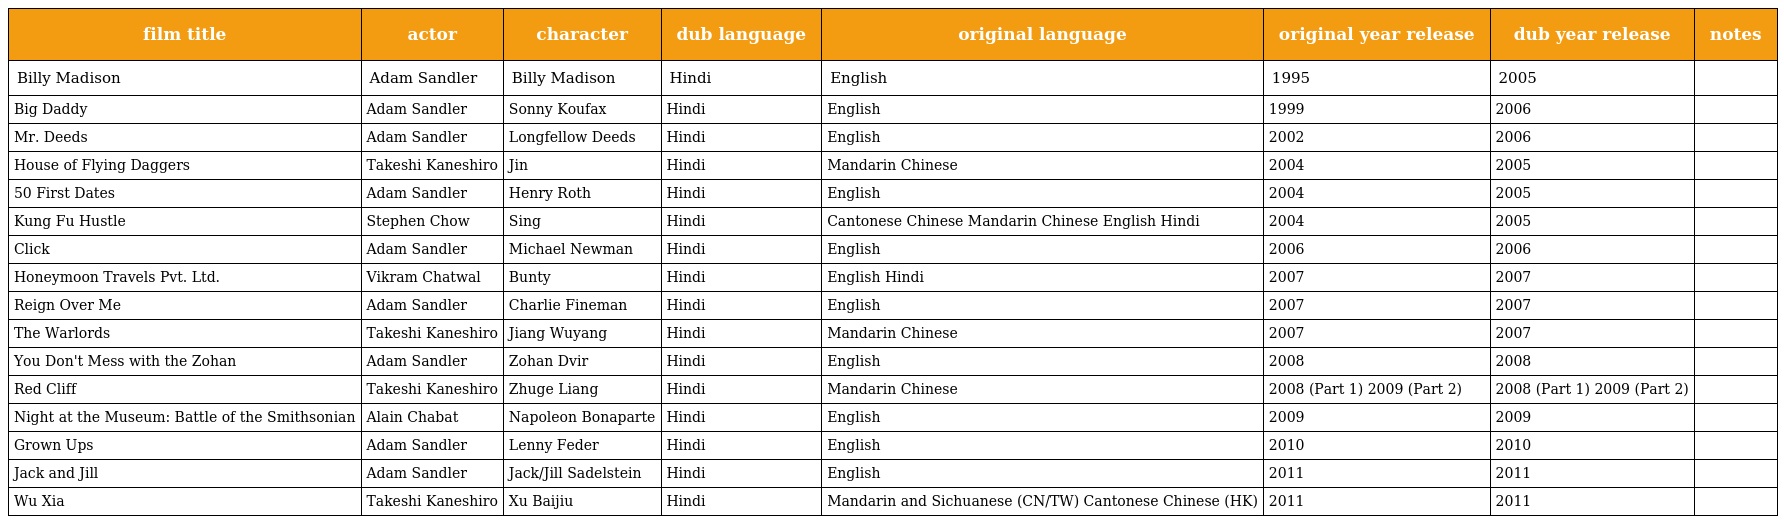
| film title | actor | character | dub language | original language | original year release | dub year release | notes |
 | --- | --- | --- | --- | --- | --- | --- | --- |
 | Billy Madison | Adam Sandler | Billy Madison | Hindi | English | 1995 | 2005 |  |
 | Big Daddy | Adam Sandler | Sonny Koufax | Hindi | English | 1999 | 2006 |  |
 | Mr. Deeds | Adam Sandler | Longfellow Deeds | Hindi | English | 2002 | 2006 |  |
 | House of Flying Daggers | Takeshi Kaneshiro | Jin | Hindi | Mandarin Chinese | 2004 | 2005 |  |
 | 50 First Dates | Adam Sandler | Henry Roth | Hindi | English | 2004 | 2005 |  |
 | Kung Fu Hustle | Stephen Chow | Sing | Hindi | Cantonese Chinese Mandarin Chinese English Hindi | 2004 | 2005 |  |
 | Click | Adam Sandler | Michael Newman | Hindi | English | 2006 | 2006 |  |
 | Honeymoon Travels Pvt. Ltd. | Vikram Chatwal | Bunty | Hindi | English Hindi | 2007 | 2007 |  |
 | Reign Over Me | Adam Sandler | Charlie Fineman | Hindi | English | 2007 | 2007 |  |
 | The Warlords | Takeshi Kaneshiro | Jiang Wuyang | Hindi | Mandarin Chinese | 2007 | 2007 |  |
 | You Don't Mess with the Zohan | Adam Sandler | Zohan Dvir | Hindi | English | 2008 | 2008 |  |
 | Red Cliff | Takeshi Kaneshiro | Zhuge Liang | Hindi | Mandarin Chinese | 2008 (Part 1) 2009 (Part 2) | 2008 (Part 1) 2009 (Part 2) |  |
 | Night at the Museum: Battle of the Smithsonian | Alain Chabat | Napoleon Bonaparte | Hindi | English | 2009 | 2009 |  |
 | Grown Ups | Adam Sandler | Lenny Feder | Hindi | English | 2010 | 2010 |  |
 | Jack and Jill | Adam Sandler | Jack/Jill Sadelstein | Hindi | English | 2011 | 2011 |  |
 | Wu Xia | Takeshi Kaneshiro | Xu Baijiu | Hindi | Mandarin and Sichuanese (CN/TW) Cantonese Chinese (HK) | 2011 | 2011 |  |